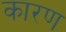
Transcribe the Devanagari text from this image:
कारण